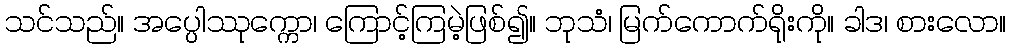
သင်သည်။ အပ္ပေါဿုက္ကော၊ ကြောင့်ကြမဲ့ဖြစ်၍။ ဘုသံ၊ မြက်ကောက်ရိုးကို။ ခါဒ၊ စားလော။